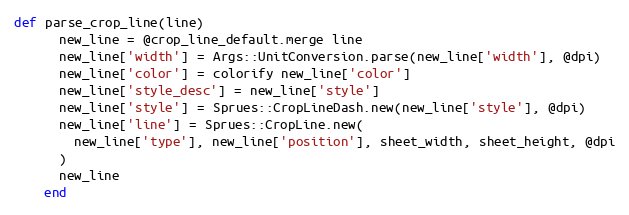
Language: Ruby
def parse_crop_line(line)
      new_line = @crop_line_default.merge line
      new_line['width'] = Args::UnitConversion.parse(new_line['width'], @dpi)
      new_line['color'] = colorify new_line['color']
      new_line['style_desc'] = new_line['style']
      new_line['style'] = Sprues::CropLineDash.new(new_line['style'], @dpi)
      new_line['line'] = Sprues::CropLine.new(
        new_line['type'], new_line['position'], sheet_width, sheet_height, @dpi
      )
      new_line
    end